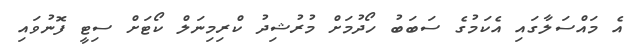
އެ މައްސަލާގައި އެކަމުގެ ސަބަބު ހޯދުމަށް މުރުޝިދު ކްރިމިނަލް ކޯޓަށް ސިޓީ ފޮނުވައި